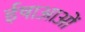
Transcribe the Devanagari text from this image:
ईषाआओं